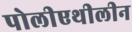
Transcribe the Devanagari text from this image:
पोलीएथीलीन